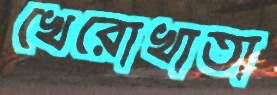
খেরোখাতা